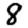
Digit: 8